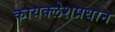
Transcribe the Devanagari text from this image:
कायक्लेशप्रधान